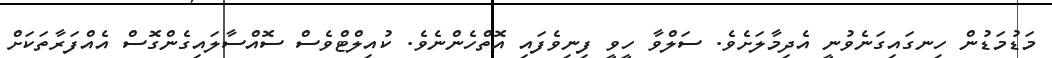
މަޑުމަޑުން ހިނގައިގަނެވުނީ އެދިމާލަށެވެ. ސަލްވާ ހީވީ ފިނިވެފައި އޮތްހެންނެވެ. ކުއިލްޓްވެސް ސޮއްސާލައިގެންގޮސް އެއްފަރާތަކަށް